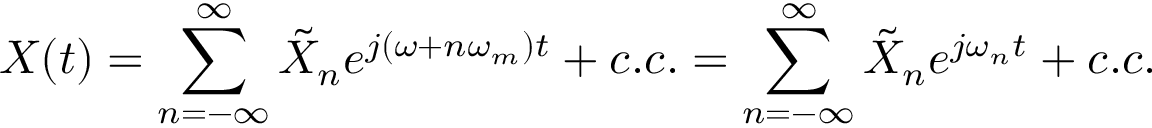
X ( t ) = \sum _ { n = - \infty } ^ { \infty } \tilde { X } _ { n } e ^ { j ( \omega + n \omega _ { m } ) t } + c . c . = \sum _ { n = - \infty } ^ { \infty } \tilde { X } _ { n } e ^ { j \omega _ { n } t } + c . c .